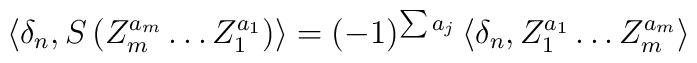
\langle \delta_n , S \, (Z_m^{a_m} \ldots Z_1^{a_1}) \rangle = (-1)^{\sum a_j} \, \langle \delta_n , Z_1^{a_1} \ldots Z_m^{a_m} \rangle